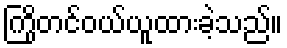
ကြိုတင်ဝယ်ယူထားခဲ့သည်။